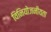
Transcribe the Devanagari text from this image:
विनियोजनीयता